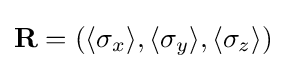
\mathbf {R} =\left(\langle \sigma _{x}\rangle ,\langle \sigma _{y}\rangle ,\langle \sigma _{z}\rangle \right)